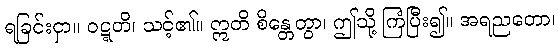
ရခြင်းငှာ။ ဝဋ္ဋတိ၊ သင့်၏။ ဣတိ စိန္တေတွာ၊ ဤသို့ ကြံပြီး၍။ အရညတော၊